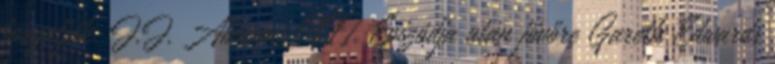
forgatják. J.J. Abrams VII. Epizódja után jövőre Gareth Edwards